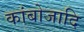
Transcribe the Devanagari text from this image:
कांबोजादि